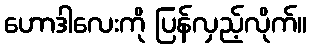
ဟောဒါလေးကို ပြန်လှည့်လိုက်။